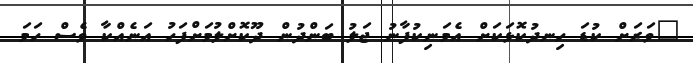
"ވަރަށް ކުޑަ ހިނދުކޮޅަކަށް އެމަނިކުފާނު ޖަލު ބަންދުން ދޫކޮށްލުމަށްފަހު އަނެއްކާ ވެސް ހަމަ